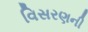
વિસરણની